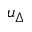
u _ { \Delta }